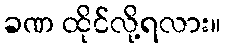
ခဏ ထိုင်လို့ရလား။